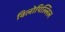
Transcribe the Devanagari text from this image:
विलोपिल्लिल